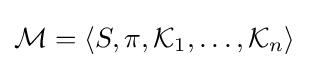
{\mathcal {M}}=\langle S,\pi ,{\mathcal {K}}_{1},\dots ,{\mathcal {K}}_{n}\rangle